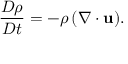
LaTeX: { \frac { D \rho } { D t } } = { - \rho \left( \nabla \cdot \mathbf { u } \right) } .